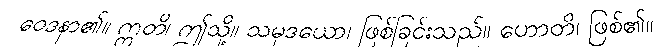
ဝေဒနာ၏။ ဣတိ၊ ဤသို့။ သမုဒယော၊ ဖြစ်ခြင်းသည်။ ဟောတိ၊ ဖြစ်၏။